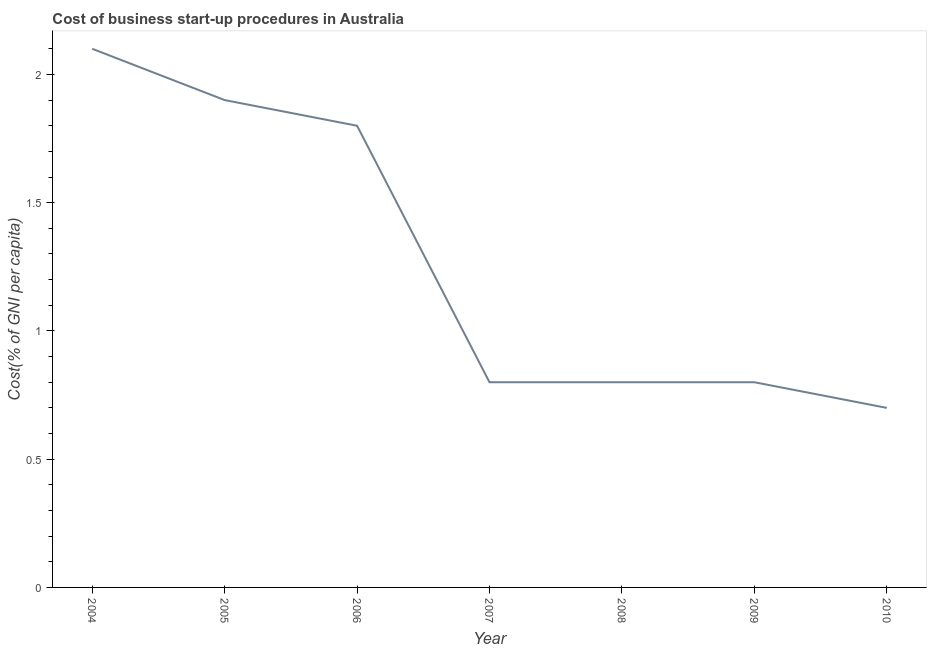
| Year | Cost |
 | --- | --- |
 | 2004 | 2.1 |
 | 2005 | 1.9 |
 | 2006 | 1.8 |
 | 2007 | 0.8 |
 | 2008 | 0.8 |
 | 2009 | 0.8 |
 | 2010 | 0.7 |